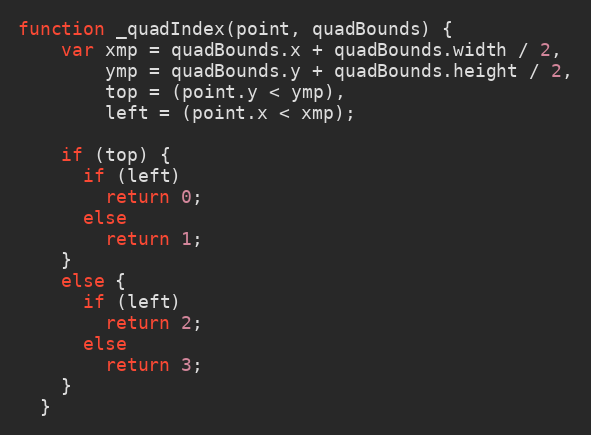
Language: JavaScript
function _quadIndex(point, quadBounds) {
    var xmp = quadBounds.x + quadBounds.width / 2,
        ymp = quadBounds.y + quadBounds.height / 2,
        top = (point.y < ymp),
        left = (point.x < xmp);

    if (top) {
      if (left)
        return 0;
      else
        return 1;
    }
    else {
      if (left)
        return 2;
      else
        return 3;
    }
  }